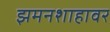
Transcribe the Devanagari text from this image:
झमनशाहावर